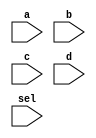
module simple_phi (
//  output reg y, z, w,
  input a, b, c, d, sel
//  clk
);

reg t1, t2, t3, t4;
always @ (*) begin
  if (sel) begin
    t1 = a & b & c;
    t2 = a | b;
    t3 = t2 & c; // t3 == t1
  end
  else begin
    t1 = 0;
    t2 = c;
    t3 = 0;
  end
  t4 = a | b; // 
end

endmodule
/*
idx1 = a
idx2 = b
idx19 = ~idx1 // ~a
idx4 = idx19 & idx2 // ~a & b ===== t5
idx3 = idx4
idx6 = idx1 ^ idx2 // a ^ b ===== t4
idx5 = idx6
idx16 = idx6
idx17 = idx4

idx18 = ~idx2 // ~b
idx10 = idx1 & idx18 // a & ~b ===== t2
idx14 = idx10
idx9 = idx10
idx20 = ~idx1 // ~a
idx12 = idx20 & idx2 // ~a & b ===== t1
idx11 = idx12
idx13 = idx12
idx8 = idx12 | idx10 // ~a & b | a & ~b =====t3
idx7 = idx8
idx15 = idx8
*/